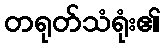
တရုတ်သံရုံး၏